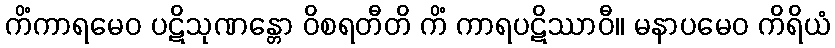
ကိံကာရမေဝ ပဋိသုဏန္တော ဝိစရတီတိ ကိံ ကာရပဋိဿာဝီ။ မနာပမေဝ ကိရိယံ